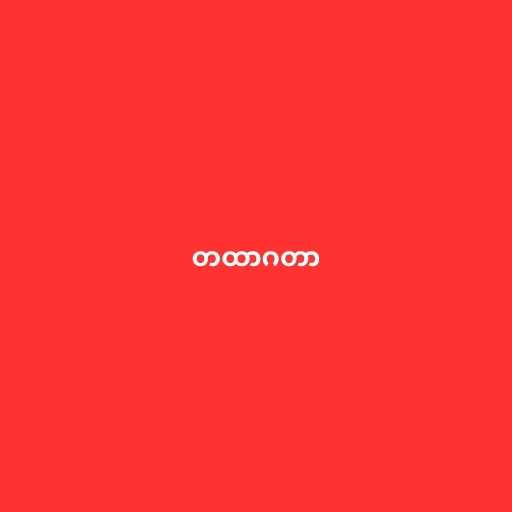
တထာဂတာ